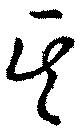
其